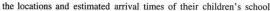
the locations and estinated arrival times of their children's school